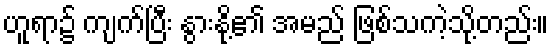
ဟူရာ၌ ကျက်ပြီး နွားနို့၏ အမည် ဖြစ်သကဲ့သို့တည်း။